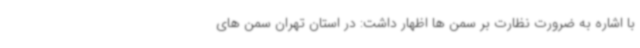
با اشاره به ضرورت نظارت بر سمن ها اظهار داشت: در استان تهران سمن های